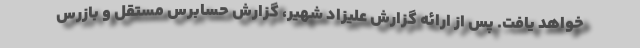
خواهد يافت. پس از ارائه گزارش عليزاد شهير، گزارش حسابرس مستقل و بازرس